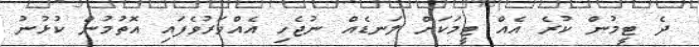
ދެ ޓީމުން ކުރެ އެއް ޓީމަކަށް ލަނޑެއް ނުޖެހި އެއްވަރުވެފައި އޮތުމުން ކުޅުނު